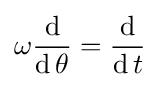
\omega {\frac {\operatorname {d} }{\operatorname {d} \theta }}={\frac {\operatorname {d} }{\operatorname {d} t}}